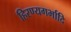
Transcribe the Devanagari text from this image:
हिरण्यगर्भादि